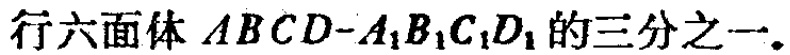
行六面体 \(ABCD - A_{1}B_{1}C_{1}D_{1}\) 的三分之一.